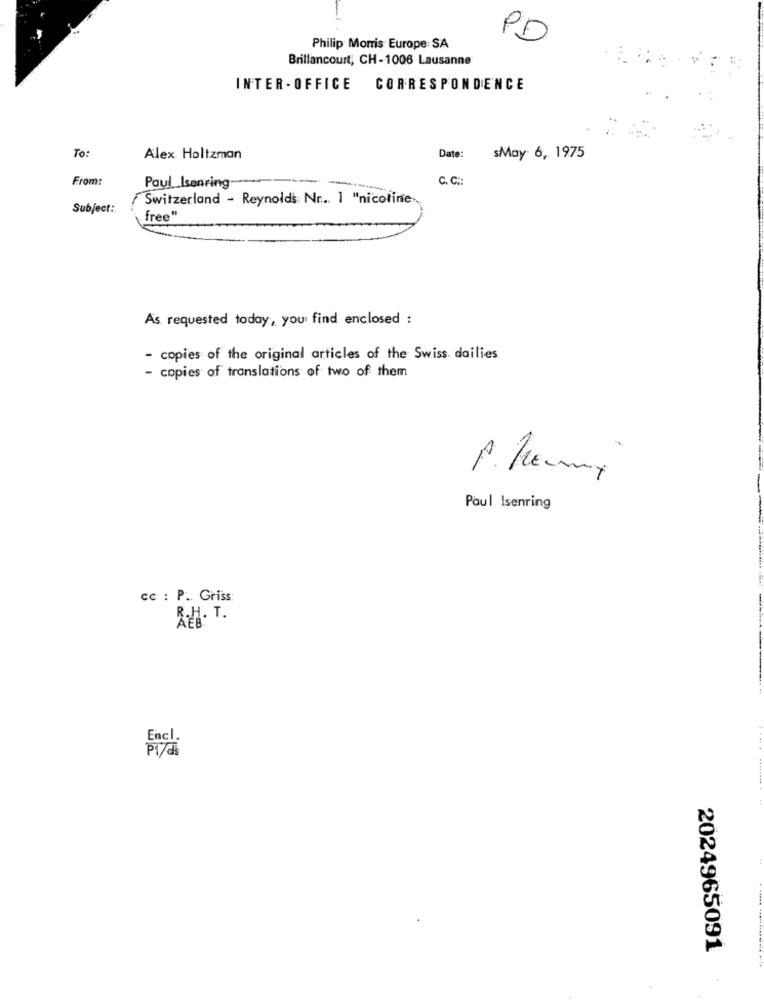
PD
Philip Morris Europe SA
Brillancourt, CH-1006 Lausanne
INTER -OFFICE CORRESPONDENCE
To:
Alex Holtzman
Date:
sMay 6, 1975
From:
C. C.
Paul_Isenring
Switzerland - Reynolds Nn. 1 "nicoline
Subject:
free"
As requested today, you find enclosed :
- copies of the original articles of the Swiss. dailies
- copies of translations of two of them
P. Permy
Paul Isenring
cc : P .. Griss:
AEB
Encl.
PI/di
2024965091